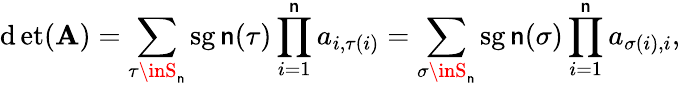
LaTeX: \operatorname*{\mathrm{d}et}(\mathbf{A})=\sum_{\tau\inS_{\mathsf{n}}}\operatorname{sg\mathsf{n}}(\tau)\prod_{i=1}^{\mathsf{n}}a_{i,\tau(i)}=\sum_{\sigma\inS_{\mathsf{n}}}\operatorname{sg\mathsf{n}}(\sigma)\prod_{i=1}^{\mathsf{n}}a_{\sigma(i),i},